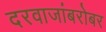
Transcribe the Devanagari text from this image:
दरवाजांबरोबर